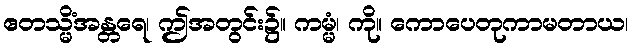
ဧတသ္မိံအန္တရေ၊ ဤအတွင်း၌။ ကမ္မံ၊ ကို။ ကောပေတုကာမတာယ၊